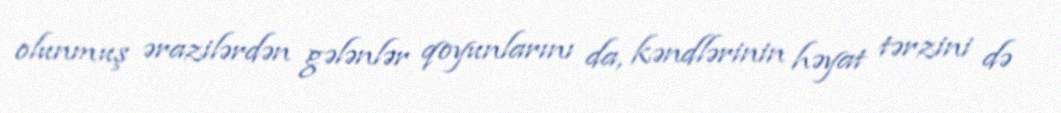
olunmuş ərazilərdən gələnlər qoyunlarını da, kəndlərinin həyat tərzini də